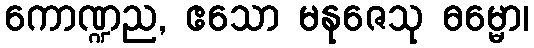
ကောဏ္ဍည, ဧသော မနုဇေသု ဓမ္မော၊